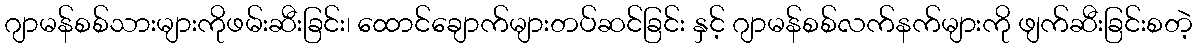
ဂျာမန်စစ်သားများကိုဖမ်းဆီးခြင်း၊ ထောင်ချောက်များတပ်ဆင်ခြင်း နှင့် ဂျာမန်စစ်လက်နက်များကို ဖျက်ဆီးခြင်းစတဲ့